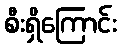
စီးရှိကြောင်း